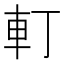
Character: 𨊡